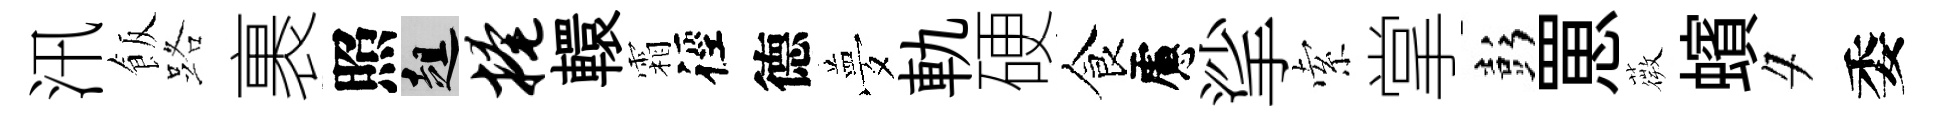
汛飯路裹照趄掩轘霜徑德夢軌硬食慮挲索掌彭罳薇蠙夕委